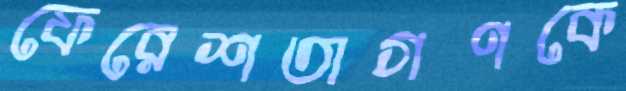
ফেরেশতাগণকে